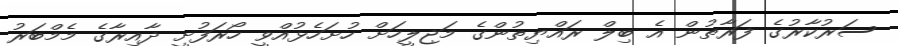
ސަރުކާރުގެ ފަރާތުން އެ ބިލް ރައްޔިތުންގެ މަޖިލީހަށް ހުށަހެޅުއްވީ ހޯރަފުށީ ދާއިރާގެ މެމްބަރު